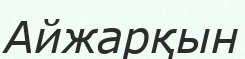
Айжарқын